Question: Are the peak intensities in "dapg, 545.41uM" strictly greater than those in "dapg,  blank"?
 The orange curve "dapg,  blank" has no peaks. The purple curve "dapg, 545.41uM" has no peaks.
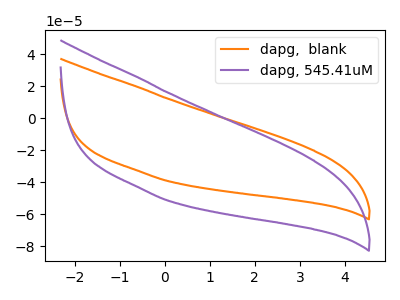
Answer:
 <answer>Niether CV has any peaks.</answer>
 <eval>blanks</eval>